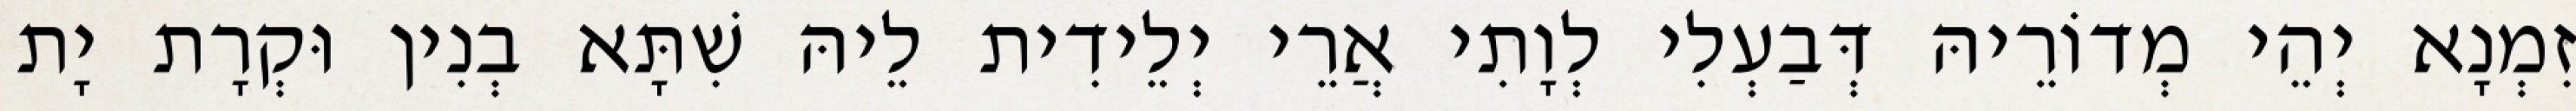
זִמְנָא יְהֵי מְדוֹרֵיהּ דְּבַעְלִי לְוָתִי אֲרֵי יְלֵידִית לֵיהּ שִׁתָּא בְנִין וּקְרָת יָת